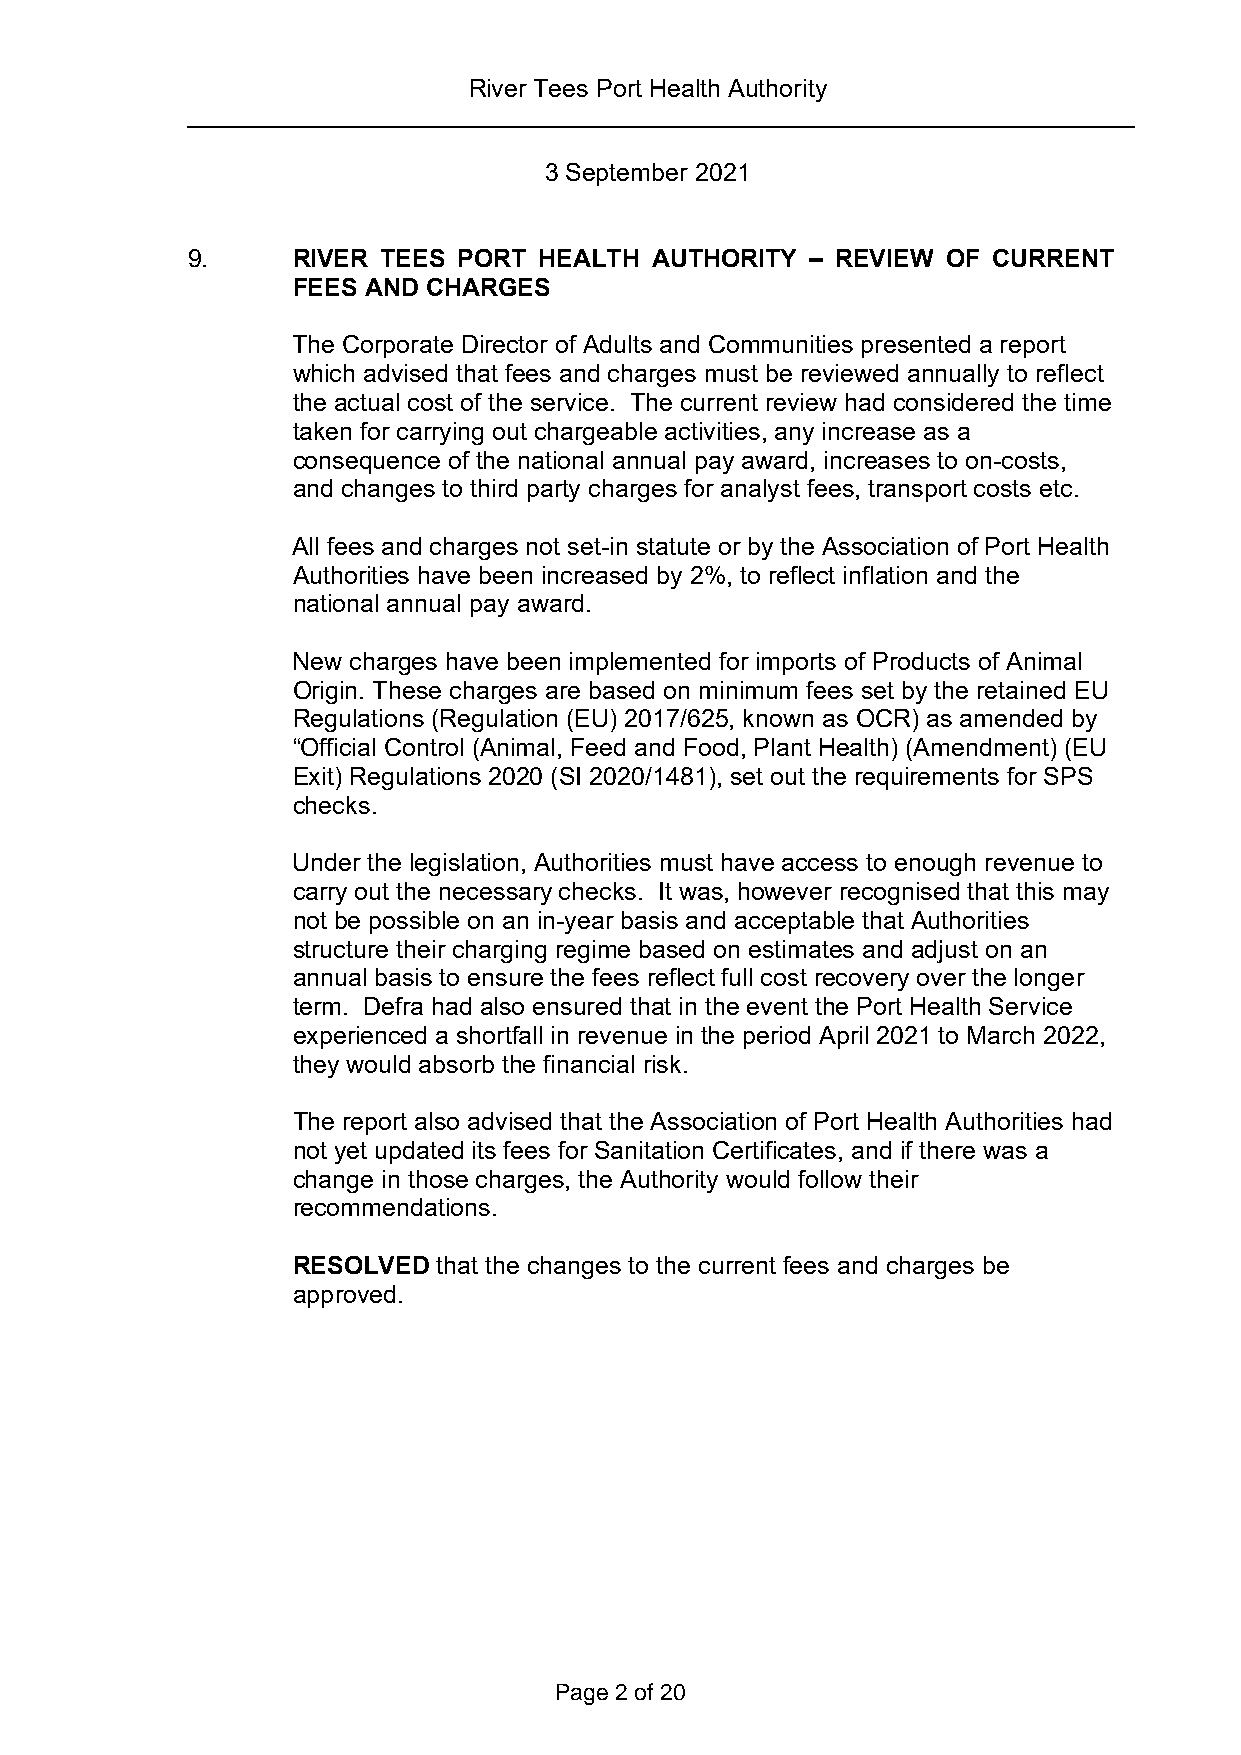
River Tees Port Health Authority
 3 September 2021
 9.     RIVER TEES PORT  HEALTH AUTHORITY  – REVIEW OF CURRENT
 FEES AND CHARGES
 The Corporate Director of Adults and Communities presented a report
 which advised that fees and charges must be reviewed annually to reflect
 the actual cost of the service. The current review had considered the time
 taken for carrying out chargeable activities, any increase as a
 consequence of the national annual pay award, increases to on-costs,
 and changes to third party charges for analyst fees, transport costs etc.
 All fees and charges not set-in statute or by the Association of Port Health
 Authorities have been increased by 2%, to reflect inflation and the
 national annual pay award.
 New charges have been implemented for imports of Products of Animal
 Origin. These charges are based on minimum fees set by the retained EU
 Regulations (Regulation (EU) 2017/625, known as OCR) as amended by
 “Official Control (Animal, Feed and Food, Plant Health) (Amendment) (EU
 Exit) Regulations 2020 (SI 2020/1481), set out the requirements for SPS
 checks.
 Under the legislation, Authorities must have access to enough revenue to
 carry out the necessary checks. It was, however recognised that this may
 not be possible on an in-year basis and acceptable that Authorities
 structure their charging regime based on estimates and adjust on an
 annual basis to ensure the fees reflect full cost recovery over the longer
 term. Defra had also ensured that in the event the Port Health Service
 experienced a shortfall in revenue in the period April 2021 to March 2022,
 they would absorb the financial risk.
 The report also advised that the Association of Port Health Authorities had
 not yet updated its fees for Sanitation Certificates, and if there was a
 change in those charges, the Authority would follow their
 recommendations.
 RESOLVED  that the changes to the current fees and charges be
 approved.
 Page 2 of 20